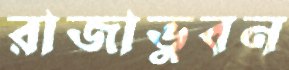
রাজাভুবন